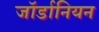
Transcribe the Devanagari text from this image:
जॉर्डानियन